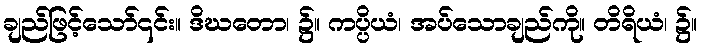
ချည်ဖြင့်သော်၎င်း။ ဒိဃတော၊ ၌။ ကပ္ပိယံ၊ အပ်သောချည်ကို။ တိရိယံ၊ ၌။